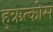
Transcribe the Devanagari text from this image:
ह्ऋत्कोस